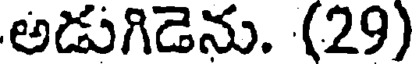
అడుగిడెను. (29)